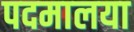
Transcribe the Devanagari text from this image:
पदमालया